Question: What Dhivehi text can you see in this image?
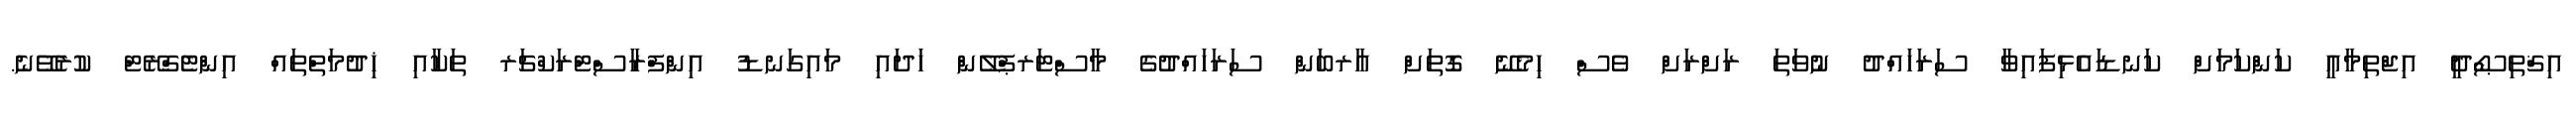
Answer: އިޤްތިޞޯދީ އިޖްތިމާއީ ކަންކަމަށް ކަނޑައެޅިފައިވާ ސަރަހައްދު ނުވަތަ ރަށްރަށް ވެސް ހިމެނޭ ގޮތަށް އާރބަން ސަރަހައްދުގެ މާސްޓަރޕްލޭން ހަދައި މައިގަނޑު އިންފްރާސްޓްރަކްޗަރ ތަކާއި ޚިދުމަތްތައް އިންޓެގްރޭޓް ކުރެވޭނެ.